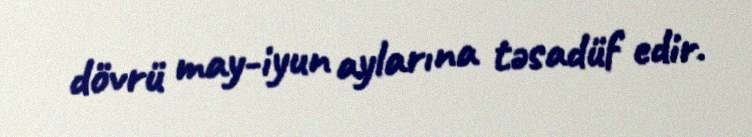
dövrü may-iyun aylarına təsadüf edir.